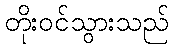
တိုးဝင်သွားသည်